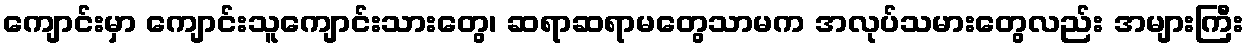
ကျောင်းမှာ ကျောင်းသူကျောင်းသားတွေ၊ ဆရာဆရာမတွေသာမက အလုပ်သမားတွေလည်း အများကြီး